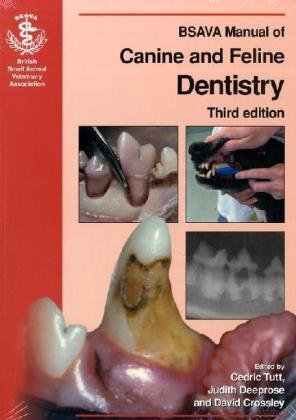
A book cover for BSAVA Manual of Canine and Feline Dentistry; Medical Books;